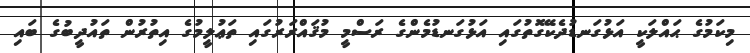
މިކަމުގެ ޙައްލަކީ އަޅުގަނޑުދެކޭގޮތުގައި އަޅުގަނޑުމެންގެ ރަސްމީ މުޤައްރަރުގައި ތަޢުލީމުގެ އިތުރުން ތައުދީބުގެ ބައި